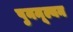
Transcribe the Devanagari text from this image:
पुनमूल्यन